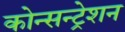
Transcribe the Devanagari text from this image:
कोन्सन्ट्रेशन